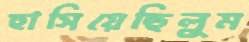
হাসিয়েছিলুম